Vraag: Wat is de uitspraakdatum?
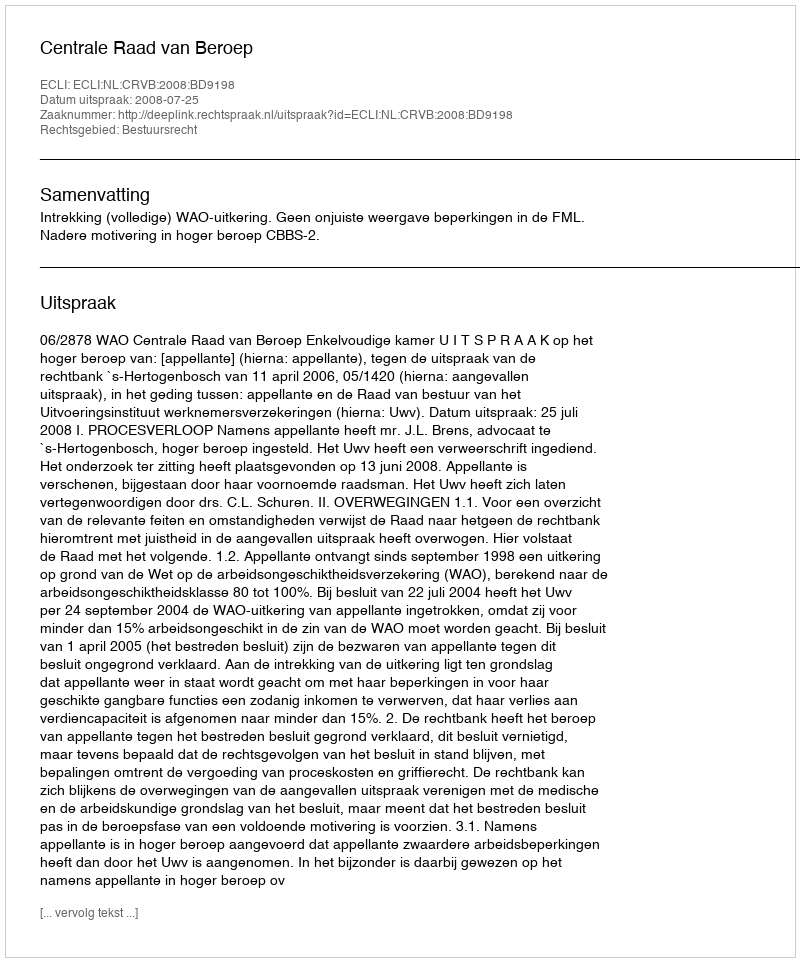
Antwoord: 2008-07-25